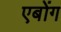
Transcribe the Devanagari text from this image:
एबोंग